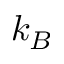
k _ { B }